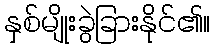
နှစ်မျိုးခွဲခြားနိုင်၏။